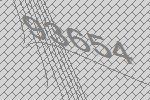
93654